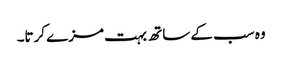
وہ سب کے ساتھ بہت مزے کرتا۔